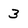
Character: 3